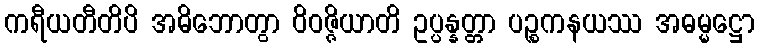
ကရီယတီတိပိ အဓိဘောတွာ ဝိဝဇ္ဇိယာတိ ဥပ္ပန္နတ္တာ ပဉ္စကနယဿ အဓမ္မဋ္ဌော